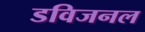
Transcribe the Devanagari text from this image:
डविजनल